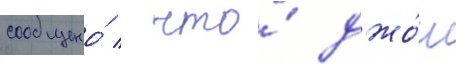
сообщено́ / что́ джо́ш